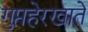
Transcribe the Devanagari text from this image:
गुप्तहेरखाते